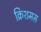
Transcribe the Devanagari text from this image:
क्रिशमस